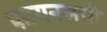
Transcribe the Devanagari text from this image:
फायनलची